画像に写った文字を読んでください
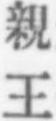
「親王」と書いてあります